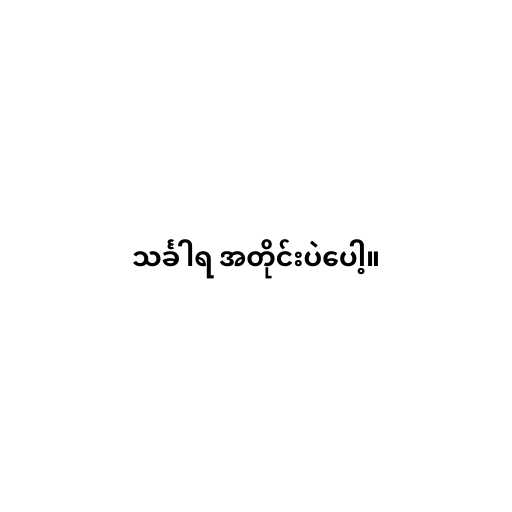
သင်္ခါရ အတိုင်းပဲပေါ့။